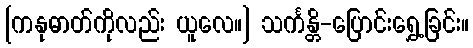
[ကနုဓာတ်ကိုလည်း ယူလေ။] သင်္ကန္တိ-ပြောင်းရွှေ့ခြင်း။